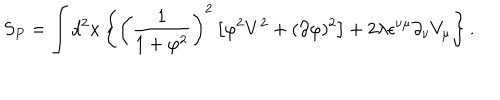
S _ { P } = \int d ^ { 2 } x \left\{ \left( \frac { 1 } { 1 + \varphi ^ { 2 } } \right) ^ { 2 } \left[ \varphi ^ { 2 } V ^ { 2 } + ( \partial \varphi ) ^ { 2 } \right] + 2 \lambda \epsilon ^ { \nu \mu } \partial _ { \nu } V _ { \mu } \right\} .